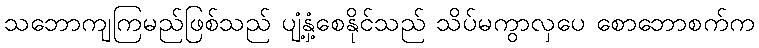
သဘောကျကြမည်ဖြစ်သည် ပျံ့နှံ့စေနိုင်သည် သိပ်မကွာလှပေ စောဘောစက်က